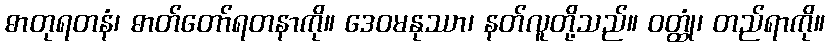
ဓာတုရတနံ၊ ဓာတ်တော်ရတနာကို။ ဒေဝမနုဿာ၊ နတ်လူတို့သည်။ ဝတ္ထုံ၊ တည်ရာကို။